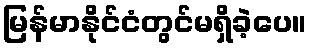
မြန်မာနိုင်ငံတွင်မရှိခဲ့ပေ။